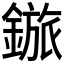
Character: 𬫽